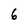
Character: 6